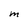
Character: M